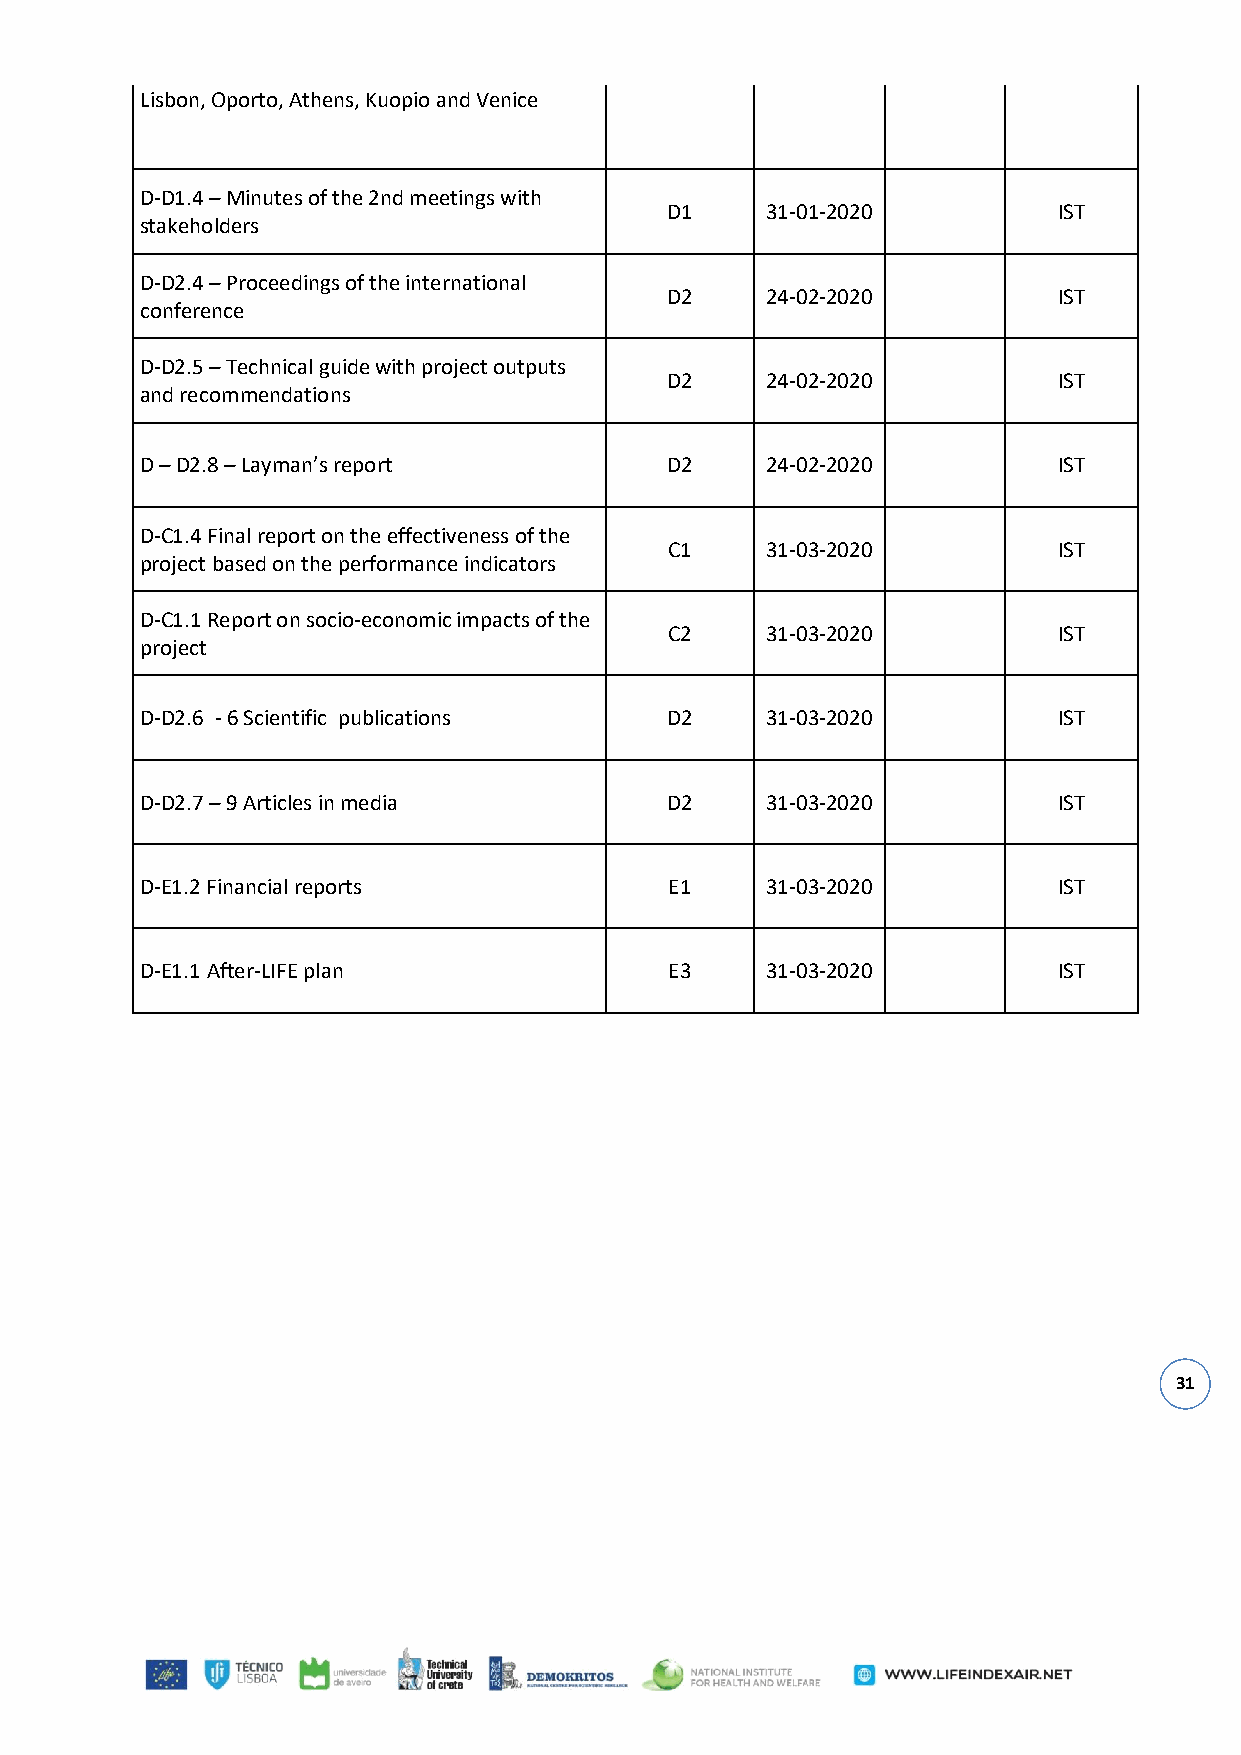
Lisbon, Oporto, Athens, Kuopio and Venice
 D-D1.4 – Minutes of the 2nd meetings with
 D1     31-01-2020         IST
 stakeholders
 D-D2.4 – Proceedings of the international
 D2     24-02-2020         IST
 conference
 D-D2.5 – Technical guide with project outputs
 D2     24-02-2020         IST
 and recommendations
 D – D2.8 – Layman’s report         D2     24-02-2020         IST
 D-C1.4 Final report on the effectiveness of the
 C1     31-03-2020         IST
 project based on the performance indicators
 D-C1.1 Report on socio-economic impacts of the
 C2     31-03-2020         IST
 project
 D-D2.6 - 6 Scientific publications D2     31-03-2020         IST
 D-D2.7 – 9 Articles in media       D2     31-03-2020         IST
 D-E1.2 Financial reports           E1     31-03-2020         IST
 D-E1.1 After-LIFE plan             E3     31-03-2020         IST
 31